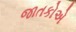
જાતકોએ